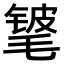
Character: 𬇃